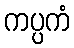
ကပ္ပကံ